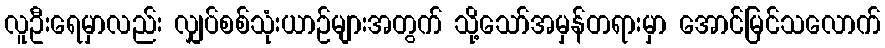
လူဦးရေမှာလည်း လျှပ်စစ်သုံးယာဉ်များအတွက် သို့သော်အမှန်တရားမှာ အောင်မြင်သလောက်